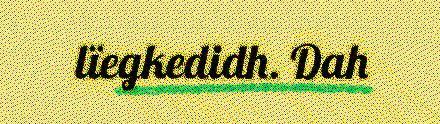
lïegkedidh. Dah